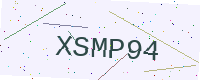
Text: XSMP94